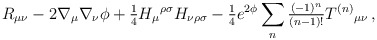
\begin{align*}R_{\mu\nu} -2\nabla_{\mu}\nabla_{\nu}\phi +{\textstyle\frac{1}{4}} H_{\mu}{}^{\rho\sigma} H_{\nu\rho\sigma}-{\textstyle\frac{1}{4}}e^{2\phi}\sum_{n} {\textstyle\frac{(-1)^{n}}{(n-1)!}} T^{(n)}{}_{\mu\nu}\, ,\end{align*}